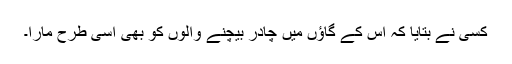
کسی نے بتایا کہ اس کے گاؤں میں چادر بیچنے والوں کو بھی اسی طرح مارا۔